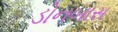
ડોનબાસ